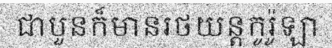
ជាបួនក៏មានរថយន្តកូរ៉ូឡា